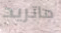
ماتريد